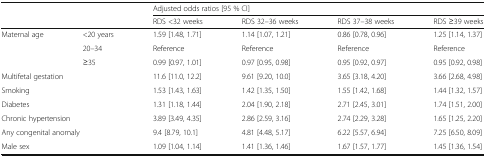
| <ROWSPAN=2-COLSPAN=2>  | <COLSPAN=4> Adjusted odds ratios [95 % CI] |
 | RDS <32 weeks | RDS 32–36 weeks | RDS 37–38 weeks | RDS ≥39 weeks |
 | --- | --- | --- | --- | --- | --- |
 | <ROWSPAN=3> Maternal age | <20 years | 1.59 [1.48, 1.71] | 1.14 [1.07, 1.21] | 0.86 [0.78, 0.96] | 1.25 [1.14, 1.37] |
 | 20–34 | Reference | Reference | Reference | Reference |
 | ≥35 | 0.99 [0.97, 1.01] | 0.97 [0.95, 0.98] | 0.95 [0.92, 0.97] | 0.95 [0.92, 0.98] |
 | <COLSPAN=2> Multifetal gestation | 11.6 [11.0, 12.2] | 9.61 [9.20, 10.0] | 3.65 [3.18, 4.20] | 3.66 [2.68, 4.98] |
 | <COLSPAN=2> Smoking | 1.53 [1.43, 1.63] | 1.42 [1.35, 1.50] | 1.55 [1.42, 1.68] | 1.44 [1.32, 1.57] |
 | <COLSPAN=2> Diabetes | 1.31 [1.18, 1.44] | 2.04 [1.90, 2.18] | 2.71 [2.45, 3.01] | 1.74 [1.51, 2.00] |
 | <COLSPAN=2> Chronic hypertension | 3.89 [3.49, 4.35] | 2.86 [2.59, 3.16] | 2.74 [2.29, 3.28] | 1.65 [1.25, 2.20] |
 | <COLSPAN=2> Any congenital anomaly | 9.4 [8.79, 10.1] | 4.81 [4.48, 5.17] | 6.22 [5.57, 6.94] | 7.25 [6.50, 8.09] |
 | <COLSPAN=2> Male sex | 1.09 [1.04, 1.14] | 1.41 [1.36, 1.46] | 1.67 [1.57, 1.77] | 1.45 [1.36, 1.54] |